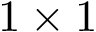
1 \times 1